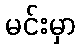
မင်းမှာ